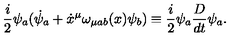
\frac { i } { 2 } \psi _ { a } ( { \dot { \psi } } _ { a } + \dot { x } ^ { \mu } \omega _ { \mu a b } ( x ) \psi _ { b } ) \equiv \frac { i } { 2 } \psi _ { a } \frac { D } { d t } \psi _ { a } .